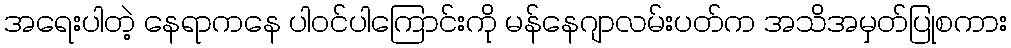
အရေးပါတဲ့ နေရာကနေ ပါဝင်ပါကြောင်းကို မန်နေဂျာလမ်းပတ်က အသိအမှတ်ပြုစကား